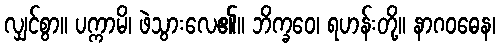
လျှင်စွာ။ ပက္ကာမိ၊ ဖဲသွားလေ၏။ ဘိက္ခဝေ၊ ရဟန်းတို့။ နာဂဝဓေန၊